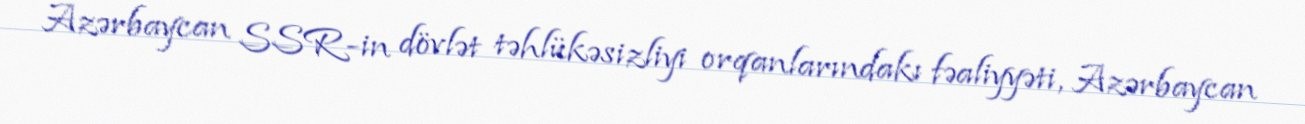
Azərbaycan SSR-in dövlət təhlükəsizliyi orqanlarındakı fəaliyyəti, Azərbaycan